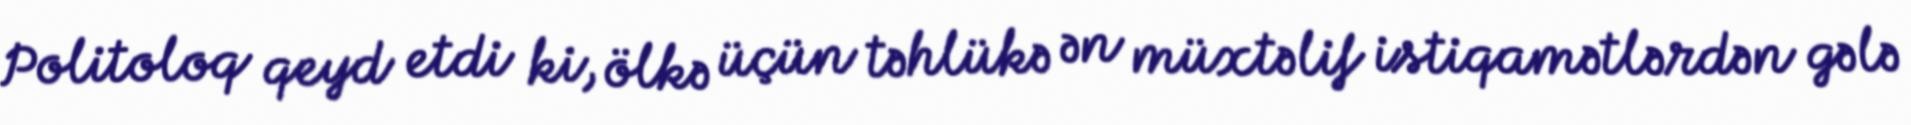
Politoloq qeyd etdi ki, ölkə üçün təhlükə ən müxtəlif istiqamətlərdən gələ